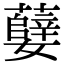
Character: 㜸